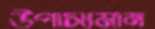
উপাস্যমান